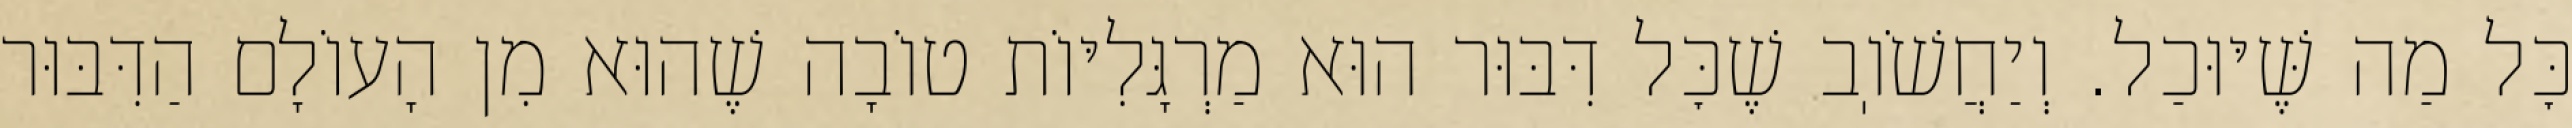
כׇּל מַה שֶּׁיּוּכַל. וְיַחֲשֹׁוֽב שֶׁכׇּל דִּבּוּר הוּא מַרְגָּלִיּוֹת טוֹבָה שֶׁהוּא מִן הָעוֹלָם הַדִּבּוּר